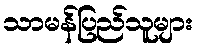
သာမန်ပြည်သူများ